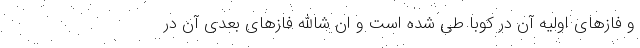
و فازهای اولیه آن در کوبا طی شده است و ان شاالله فازهای بعدی آن در